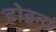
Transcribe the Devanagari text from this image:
होइना